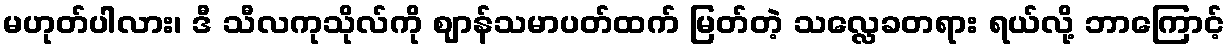
မဟုတ်ပါလား၊ ဒီ သီလကုသိုလ်ကို ဈာန်သမာပတ်ထက် မြတ်တဲ့ သလ္လေခတရား ရယ်လို့ ဘာကြောင့်